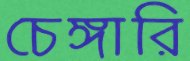
চেঙ্গারি